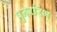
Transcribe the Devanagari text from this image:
पुनर्रारंभ